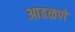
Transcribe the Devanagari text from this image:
आढळणे